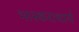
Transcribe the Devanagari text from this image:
भास्‍कराचार्य